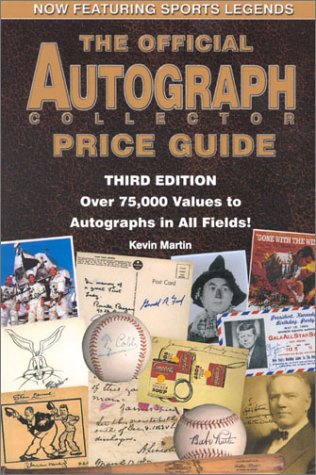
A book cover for The Official Autograph Collector Price Guide; Kevin Martin; Crafts, Hobbies & Home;